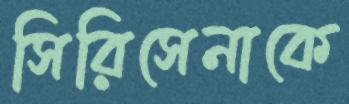
সিরিসেনাকে